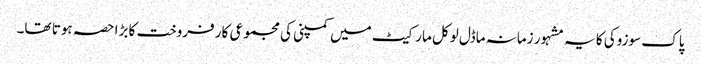
پاک سوزوکی کا یہ مشہور زمانہ ماڈل لوکل مارکیٹ میں کمپنی کی مجموعی کار فروخت کا بڑا حصہ ہوتا تھا۔